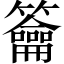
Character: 籥